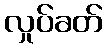
လှုပ်ခတ်